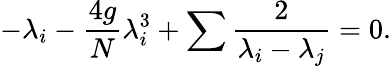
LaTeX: -\lambda_{i}-{\frac{4g}{N}}\lambda_{i}^{3}+\sum{\frac{2}{\lambda_{i}-\lambda_{j}}}=0.